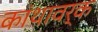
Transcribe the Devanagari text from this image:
कांथावर्क